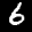
Label: 6